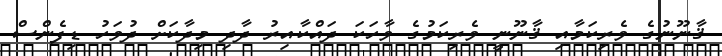
ޤާނޫނުގެ ވެރިކަމާއި ޤާނޫނީ ވެރިކަމުގެ ވާހަކަ ދައްކާއިރު ދާދި މިދާކަށް ދުވަހު ޑިފެންސް